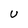
Character: U